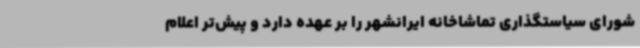
شورای سیاستگذاری تماشاخانه ایرانشهر را بر عهده دارد و پیش‌تر اعلام